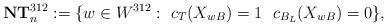
LaTeX: \begin{align*}\mathbf{NT}_n^{312} := \{w\in W^{312} :\ c_T(X_{wB}) = 1 \ \ c_{B_L}(X_{wB}) = 0 \},\end{align*}